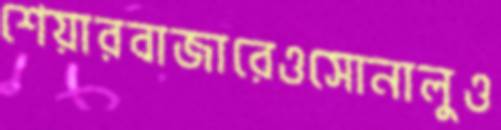
শেয়ারবাজারেওসোনালুও